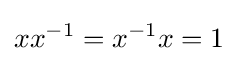
xx^{-1}=x^{-1}x=1